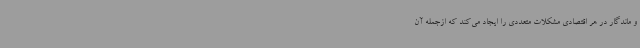
و ماندگار در هر اقتصادی مشکلات متعددی را ایجاد می‌کند که ازجمله آن